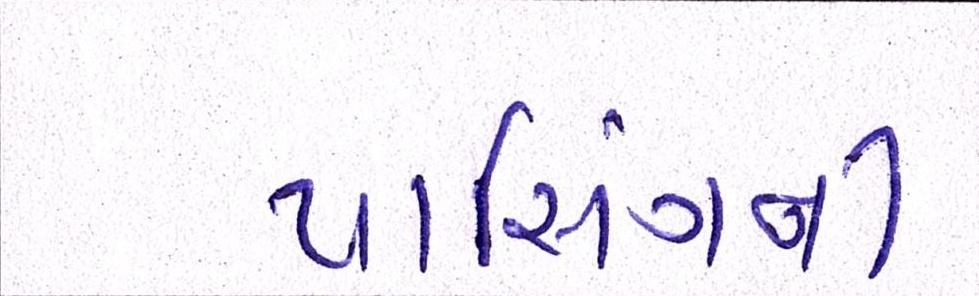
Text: પાસિંગની